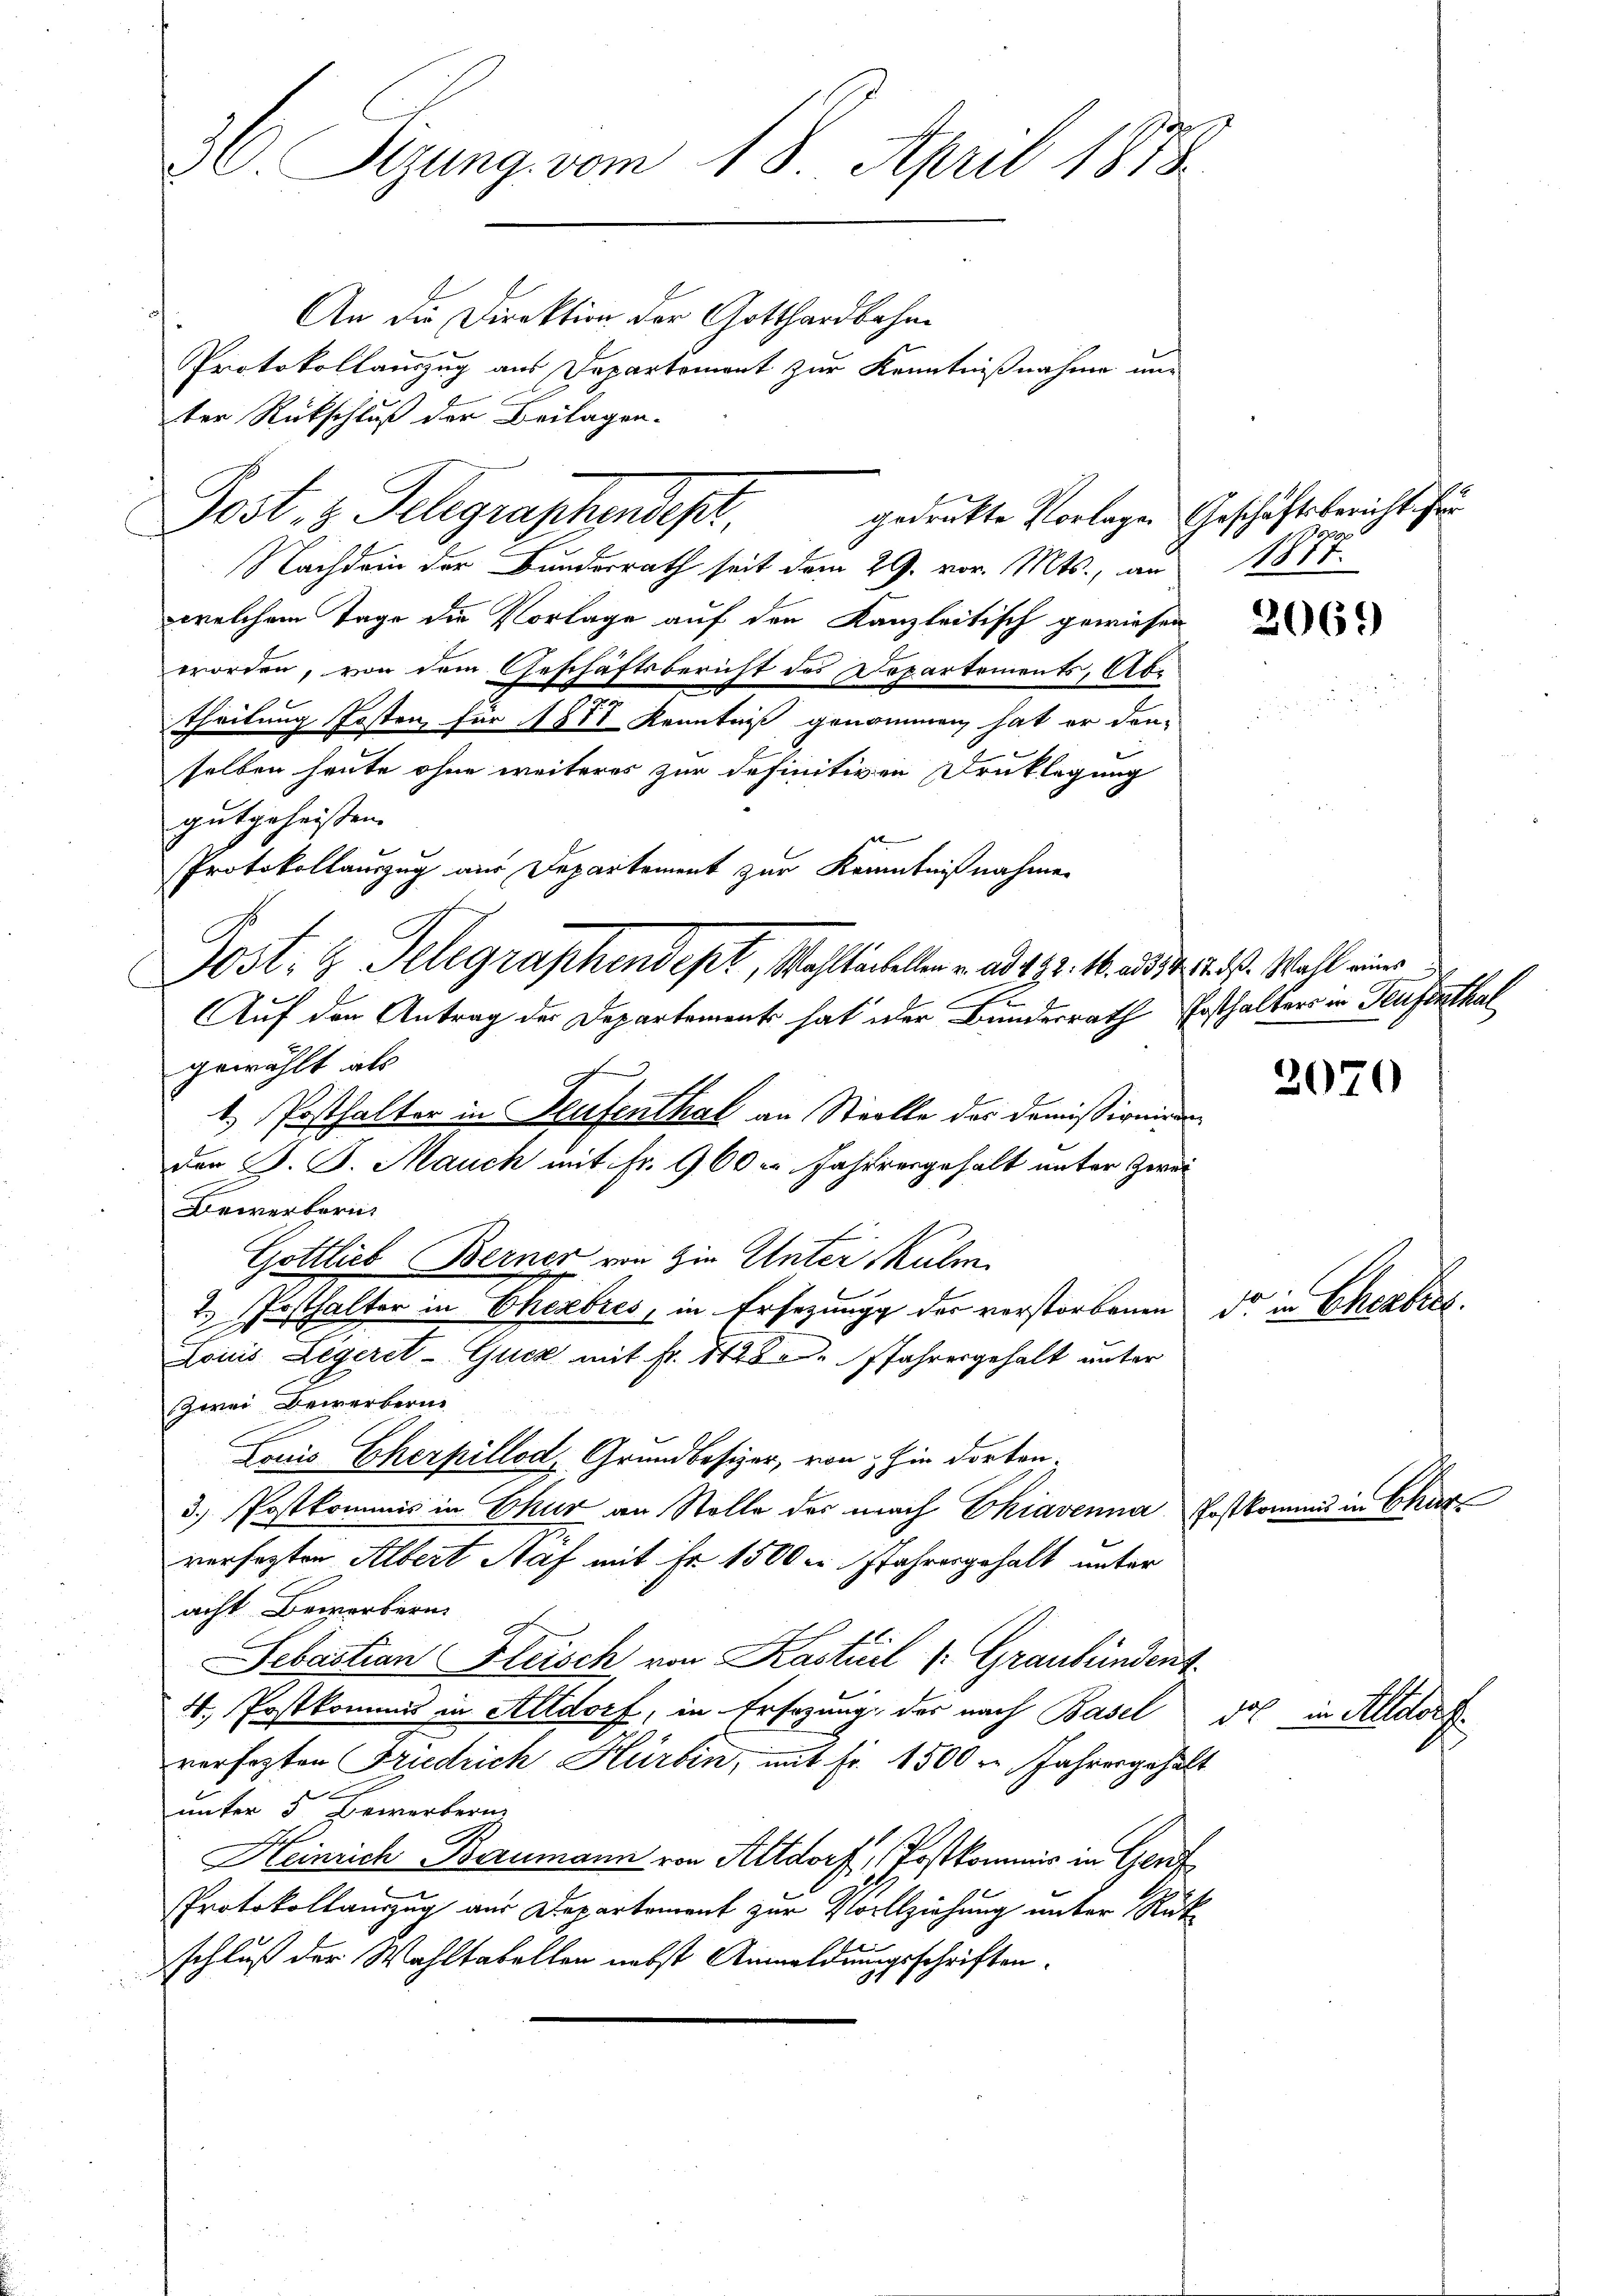
36. Sizung vom 18. April 1878.

Post. v. Telegraphendepr

An die Direktion der Gotthardbahne
Protokollauszug aus Departement zur Kenntnißnahme un
ter Rückschluß der Beilagen.
gedrukte Vorlage. Geschäftsbericht frü
Nachdem der Bunderrath seit dem 29. vor. Mts., an
welchem Tage die Vorlage auf den Kanzleitisch gewiesen
worden, von dem Geschäftsbericht des Departements, Ab¬
Theilung Posten für 1881 Kenntniß genommen hat er den-
selben heute ohne weiteres zur definitiven Drucklegung
gutgeheissen.
er
Protokollauszug aus Departement zur Kenntnißnahme
Post- & Telegraphendept, Wallichelle u. ad 192. 16. 285, 4. 5. ds. Wall eine
Auf den Antrag der Departement hat oder Bundesrath Ersthalters in Teufenthal
gewählt als
1. Posthalter in Seufenthal an Stielle des Domissionir
den S. S. Mauch mit Fr. 960 Jahr vergehalt unter Zwei
Bewerbern
Gottlieb Berner von in Unter Kulm
2. Posthalter in Ehebres, in Ersezung der verstorbenen dr in Chezbr.
Loicis Legeret - Quer mit Fr. 1480 Jahresgehalt unter
zwei Bewerbern
Louis Cherpillod, Grundbesizer, von hin dorten.
3.) Postkommis in Chur an Stelle des nach Ekiavenna Postkommis in Char
verfesten Albert Haf mit Fr. 1500 er Jahresgehalt unter
acht Bewerbern.
Sebastian Fleisch von Kasteil (Graubünden.
4. Postkommis in Altdorf, in Ersezung des nach Basel
verfegten Friedrich Hürbin, mit fr. 1500 r. Jahresgehalt
e
unter 5 Bewerbern
Heinrich Baumann von Altdorf, (Postkommis in Gent
.
Protokollauszug aus Departement zur Vollziehung unter Rükschluß der Wahltabellen nebst Anmeldungsschriften.
31

.
1817.

10

2069

2070

.

ros in Altdorf.